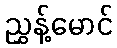
ညွှန့်မောင်